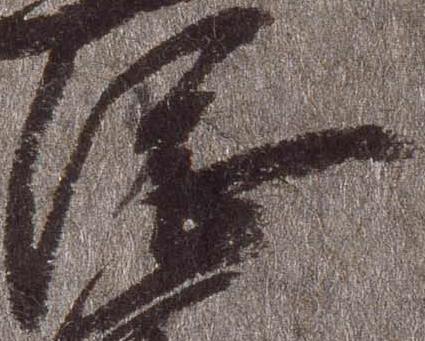
総